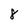
Character: 8